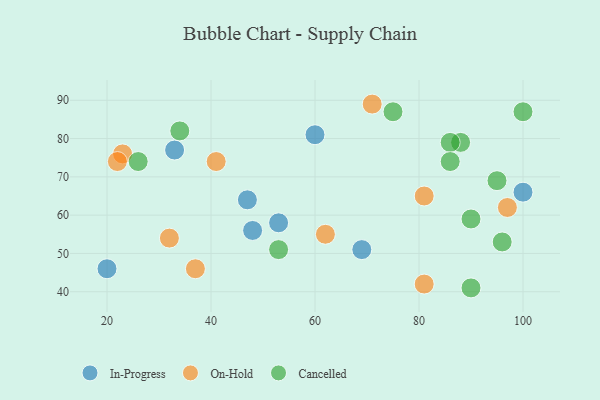
{"axis": {"x": "GDP", "y": "Life Expectancy"}, "legend": ["Cancelled", "In-Progress", "On-Hold"], "data": [{"x": "69", "y": 51, "type": "In-Progress"}, {"x": "20", "y": 46, "type": "In-Progress"}, {"x": "53", "y": 58, "type": "In-Progress"}, {"x": "60", "y": 81, "type": "In-Progress"}, {"x": "100", "y": 66, "type": "In-Progress"}, {"x": "47", "y": 64, "type": "In-Progress"}, {"x": "48", "y": 56, "type": "In-Progress"}, {"x": "33", "y": 77, "type": "In-Progress"}, {"x": "23", "y": 76, "type": "On-Hold"}, {"x": "71", "y": 89, "type": "On-Hold"}, {"x": "81", "y": 42, "type": "On-Hold"}, {"x": "22", "y": 74, "type": "On-Hold"}, {"x": "62", "y": 55, "type": "On-Hold"}, {"x": "97", "y": 62, "type": "On-Hold"}, {"x": "81", "y": 65, "type": "On-Hold"}, {"x": "37", "y": 46, "type": "On-Hold"}, {"x": "41", "y": 74, "type": "On-Hold"}, {"x": "32", "y": 54, "type": "On-Hold"}, {"x": "100", "y": 87, "type": "Cancelled"}, {"x": "88", "y": 79, "type": "Cancelled"}, {"x": "26", "y": 74, "type": "Cancelled"}, {"x": "90", "y": 59, "type": "Cancelled"}, {"x": "86", "y": 79, "type": "Cancelled"}, {"x": "90", "y": 41, "type": "Cancelled"}, {"x": "75", "y": 87, "type": "Cancelled"}, {"x": "53", "y": 51, "type": "Cancelled"}, {"x": "34", "y": 82, "type": "Cancelled"}, {"x": "86", "y": 74, "type": "Cancelled"}, {"x": "95", "y": 69, "type": "Cancelled"}, {"x": "96", "y": 53, "type": "Cancelled"}]}